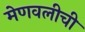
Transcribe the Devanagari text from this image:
मेणवलीची